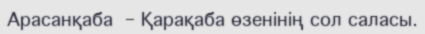
Арасанқаба  – Қарақаба өзенінің сол саласы.